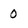
Character: 0